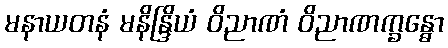
မနာယတနံ မနိန္ဒြိယံ ဝိညာဏံ ဝိညာဏက္ခန္ဓော